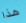
هذا